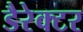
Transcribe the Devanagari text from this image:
डैरेक्टर